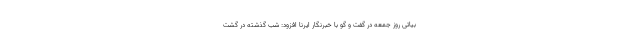
بیاتی روز جمعه در گفت و گو با خبرنگار ایرنا افزود: شب گذشته در گشت